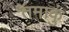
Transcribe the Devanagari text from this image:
तमाकुं